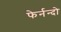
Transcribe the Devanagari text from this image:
फेर्नन्दो